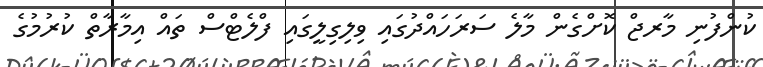
ކުންފުނި މާރޖް ކޮށްގެން މާލެ ސަރަހައްދުގައި ވިލިގިލީގައި ފްލެޓްސް ތައް އިމާރާތް ކުރުމުގެ